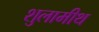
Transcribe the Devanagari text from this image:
शुलामीथ